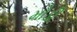
મોડી